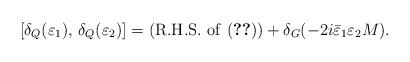
LaTeX: \begin{align*}[\delta _Q(\varepsilon _1),\,\delta _Q(\varepsilon _2)]=({\rm R.H.S.~of~(\ref{eq:QQcommutator})})+\delta _G(-2i\bar\varepsilon _1\varepsilon _2M).\end{align*}